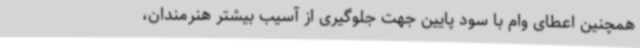
همچنین اعطای وام با سود پایین جهت جلوگیری از آسیب بیشتر هنرمندان،